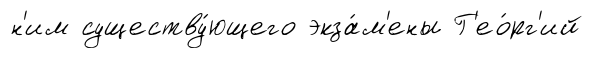
н'им существу́ющего экза́м'ены Г'ео́рг'ий